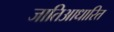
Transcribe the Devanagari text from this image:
जातिआधारित